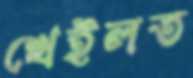
খেইলত